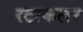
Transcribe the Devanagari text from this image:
स्टाकलर